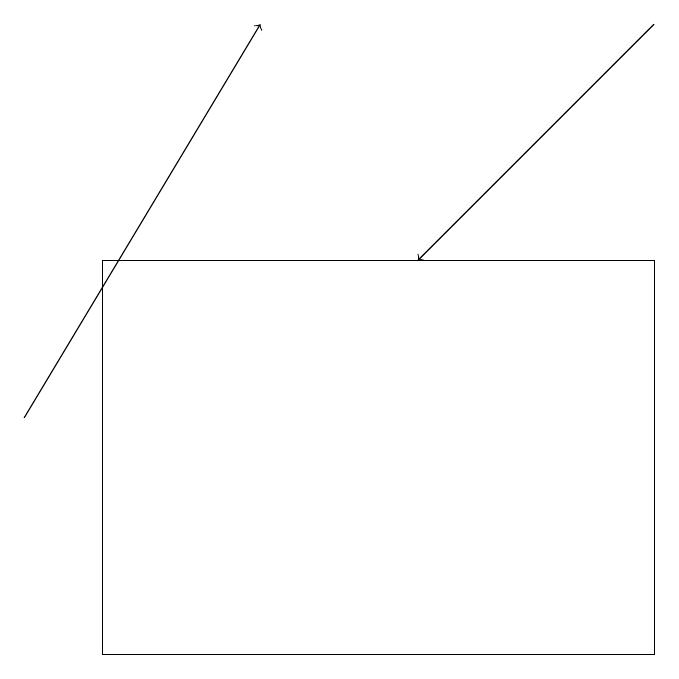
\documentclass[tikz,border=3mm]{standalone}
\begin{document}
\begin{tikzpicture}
\draw[->] (1,14) -- (4,19);
\draw (2,11) rectangle (9,16);
\draw[->] (9,19) -- (6,16);
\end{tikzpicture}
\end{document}